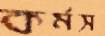
কর্মস